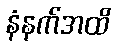
နံနက်အထိ